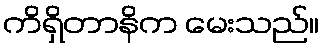
ကိရှိတာနိက မေးသည်။